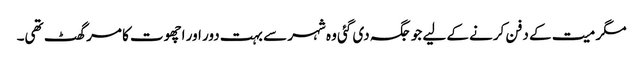
مگر میت کے دفن کرنے کے لیے جو جگہ دی گئی وہ شہر سے بہت دور اور اچھوت کا مرگھٹ تھی۔